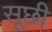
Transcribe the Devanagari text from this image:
सूछी